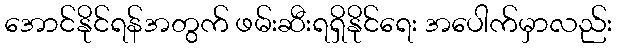
အောင်နိုင်ရန်အတွက် ဖမ်းဆီးရရှိနိုင်ရေး အပေါက်မှာလည်း